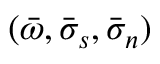
( \bar { \omega } , \bar { \sigma } _ { s } , \bar { \sigma } _ { n } )